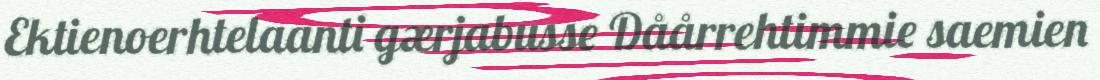
Ektienoerhtelaanti gærjabusse Dåårrehtimmie saemien